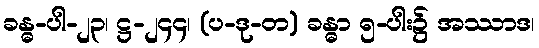
ခန္ဓ-ပါ-၂၃၊ ဋ္ဌ-၂၄၄၊ (ပ-ဒု-တ) ခန္ဓာ ၅-ပါး၌ အဿာဒ၊